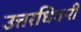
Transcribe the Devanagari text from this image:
उत्तरधिकरी